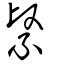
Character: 繄